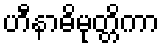
ဟီနာဓိမုတ္တိကာ